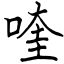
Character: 喹